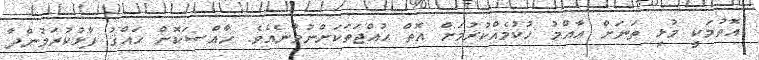
އޮތުމަކީ މުޅި ތަނަށް ޢާއްމު ހުކުމެއްކުރުމަށް އޮތް ޙުއްޖަތަކަށްނުވާނެއެވެ. ޚާއްޞަކޮށް ޙައްޤު ފާޅުކުރަމުންދާ